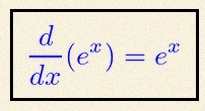
\frac{d}{dx}(e^x)=e^x